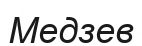
Медзев